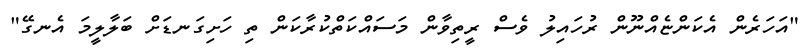
"އަހަރެން އެކަންޏެއްނޫން ރުހައިލު ވެސް ރީތިވާން މަސައްކަތްކުރާކަން ތި ހަށިގަނޑަށް ބަލާލީމަ އެނގޭ"